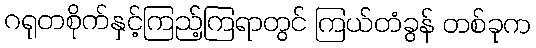
ဂရုတစိုက်နှင့်ကြည့်ကြရာတွင် ကြယ်တံခွန် တစ်ခုက